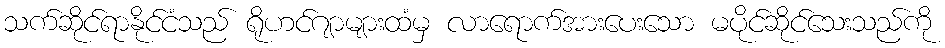
သက်ဆိုင်ရာနိုင်ငံသည် ရိုဟင်ဂျာများထံမှ လာရောက်အားပေးသော မပိုင်ဆိုင်သေးသည်ကို